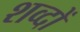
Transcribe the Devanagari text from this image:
शव्दों